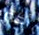
أكثر